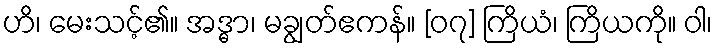
ဟိ၊ မေးသင့်၏။ အဒ္ဓာ၊ မချွတ်ဧကန်။ [၀၇] ကြိယံ၊ ကြိယကို။ ဝါ၊